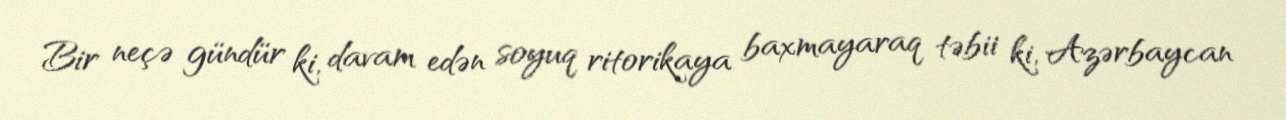
Bir neçə gündür ki, davam edən soyuq ritorikaya baxmayaraq təbii ki, Azərbaycan